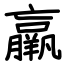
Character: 羸